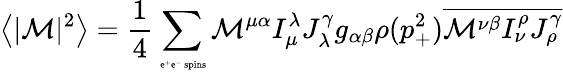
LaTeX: \left\langle|{\cal M}|^{2}\right\rangle=\frac{1}{4}\sum_{\mathrm{\tiny~e^{+}e^{-}~spins}}{\cal M}^{\mu\alpha}I_{\mu}^{\lambda}J_{\lambda}^{\gamma}g_{\alpha\beta}\rho(p_{+}^{2})\overline{{{{\cal M}^{\nu\beta}I_{\nu}^{\rho}J_{\rho}^{\gamma}}}}